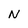
Character: N